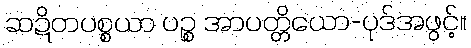
ဆဍိတပစ္စယာ ပဉ္စ အာပတ္တိယော-ပုဒ်အဖွင့်။